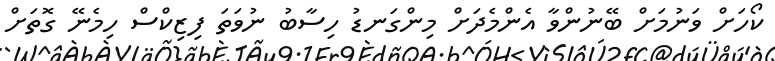
ކޯހަށް ވަނުމަށް ބޭނުންވާ އެންމެދަށް މިންގަނޑު ހިސާބު ނުވަތަ ފިޒިކްސް ހިމެނޭ ގޮތަށް